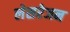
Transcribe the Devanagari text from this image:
लेसरेजन